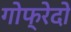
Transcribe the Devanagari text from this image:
गोफ्रेदो